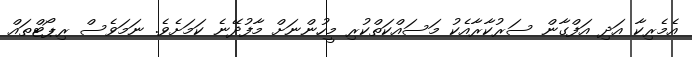
އެމެރިކާ އަދި އަފްގާން ސަރުކާރާއެކު މަސައްކަތްކުރި މީހުންނަށް މާފުދޭނެ ކަމަށެވެ. ނަމަވެސް ރިޕޯޓްތައް